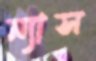
ন্যাস